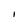
Character: I